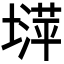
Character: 𡐵